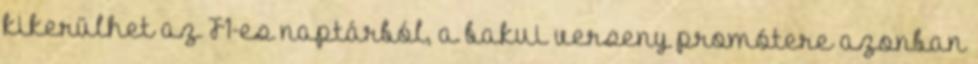
kikerülhet az F1-es naptárból, a bakui verseny promótere azonban